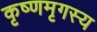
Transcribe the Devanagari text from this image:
कृष्णमृगस्य